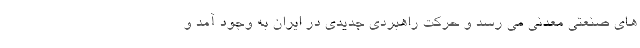
های صنعتی معدنی می رسد و حرکت راهبردی جدیدی در ایران به وجود آمد و